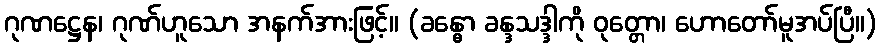
ဂုဏဋ္ဌေန၊ ဂုဏ်ဟူသော အနက်အားဖြင့်။ (ခန္ဓော ခန္ဒသဒ္ဒါကို ဝုတ္တော၊ ဟောတော်မူအပ်ပြီ။)